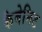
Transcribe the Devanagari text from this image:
कैबेनिट